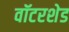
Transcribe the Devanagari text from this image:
वॉटरशेड